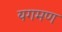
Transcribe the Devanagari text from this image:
यगमण